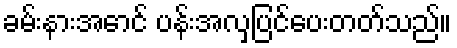
ခမ်းနားအောင် ပန်းအလှပြင်ပေးတတ်သည်။